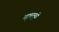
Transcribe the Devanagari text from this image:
सूत्रामुळे